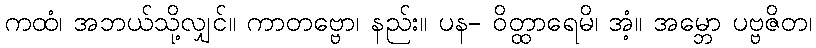
ကထံ၊ အဘယ်သို့လျှင်။ ကာတဗ္ဗော၊ နည်း။ ပန- ဝိတ္ထာရေမိ၊ အံ့။ အမ္ဘော ပဗ္ဗဇိတ၊